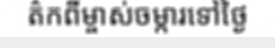
ត៌កពីម្ចាស់ចម្ការទៅថ្ងៃ